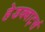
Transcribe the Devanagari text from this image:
हेडक्वार्ट्स